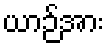
ယာဉ်အား